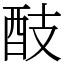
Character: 䣫